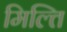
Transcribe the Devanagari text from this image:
मिल्ति